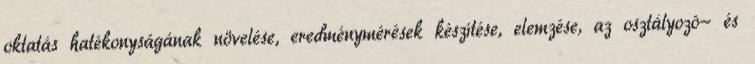
oktatás hatékonyságának növelése, eredménymérések készítése, elemzése, az osztályozó- és